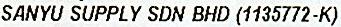
SANYU SUPPLY SDN BHD (1135772-K)